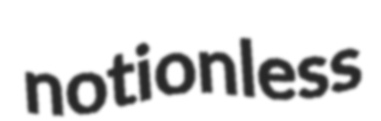
notionless